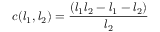
c ( l _ { 1 } , l _ { 2 } ) = \frac { ( l _ { 1 } l _ { 2 } - l _ { 1 } - l _ { 2 } ) } { l _ { 2 } }